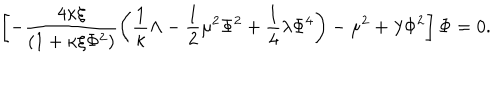
\left[ - \frac { 4 \kappa \xi } { \left( 1 + \kappa \xi \Phi ^ { 2 } \right) } \left( \frac { 1 } { \kappa } \Lambda - \frac { 1 } { 2 } \mu ^ { 2 } \Phi ^ { 2 } + \frac { 1 } { 4 } \lambda \Phi ^ { 4 } \right) - \mu ^ { 2 } + \lambda \Phi ^ { 2 } \right] \Phi = 0 .